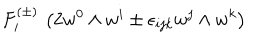
LaTeX: F _ { i } ^ { ( \pm ) } \, \left( 2 w ^ { 0 } \wedge w ^ { i } \pm \epsilon _ { i j k } w ^ { j } \wedge w ^ { k } \right)